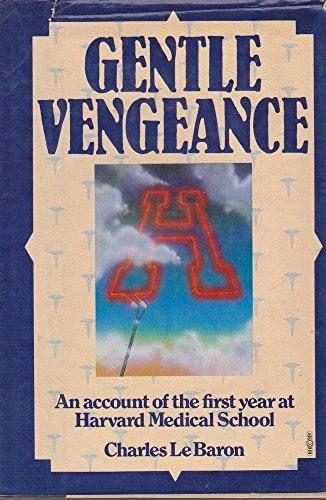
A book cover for Gentle vengeance: An account of the first year at Harvard Medical School; Charles LeBaron; Education & Teaching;